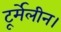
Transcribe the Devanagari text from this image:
टूर्मेलीन।